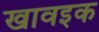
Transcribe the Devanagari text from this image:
खावइक